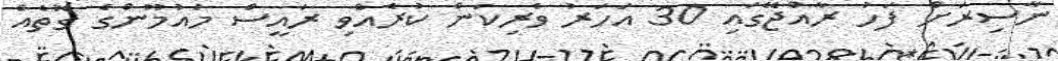
ނާސިރަށް ފަހު ރާއްޖޭގައި 30 އަހަރު ވެރިކަން ކުރެއްވި ރައީސް މައުމޫންގެ ގޮތެއް